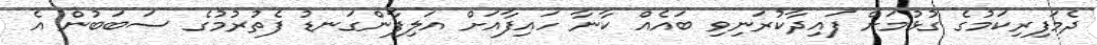
ދެމަފިރިކަމުގެ ގުޅުމަށް ފައިދާކުރަނިވި ބައެއް ކާނާ ހައިފާއަށް އަލިފާންގަނޑު ފެތުރުމުގެ ސަބަބުން އެ